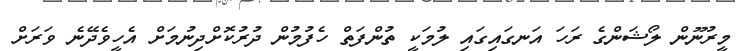
މީރުނޫން ލޯޝަންގެ ރަހަ އަނގައިގައި ލުމަކީ ތުންފަތް ހެފުމުން ދުރުކޮށްދިނުމަށް އެހީވެދޭނެ ވަރަށް